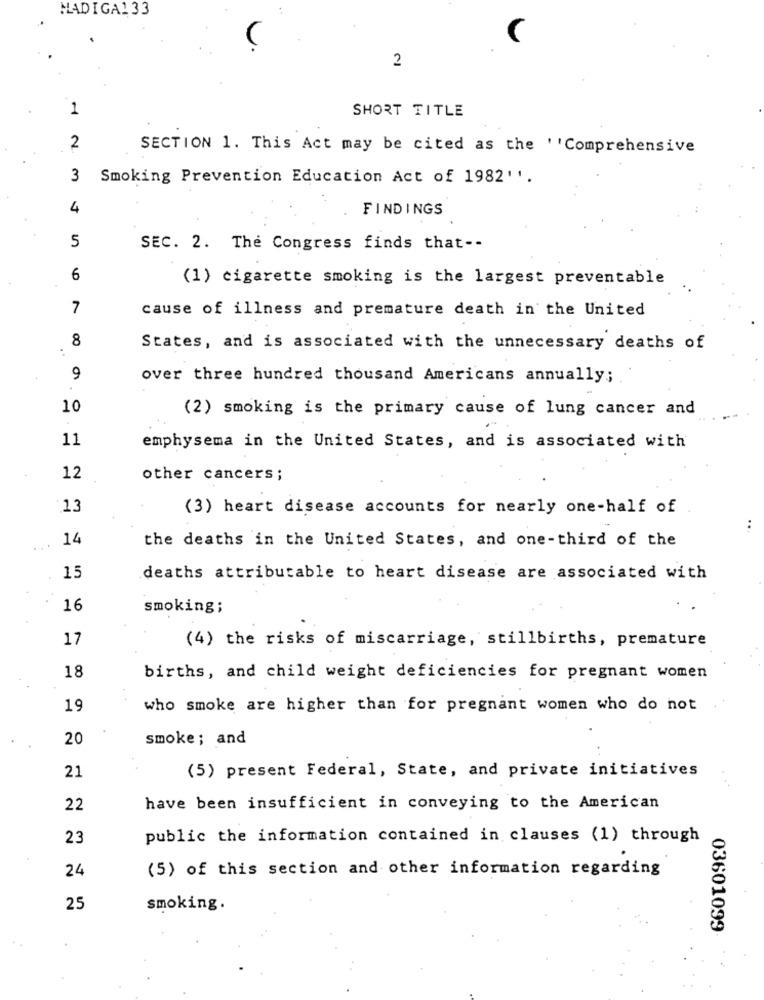
MADIGA133
2
1
SHORT TITLE
2
SECTION 1. This Act may be cited as the ''Comprehensive
Smoking Prevention Education Act of 1982''.
4
FINDINGS
5
SEC. 2. The Congress finds that --
6
(1) cigarette smoking is the largest preventable
7
cause of illness and premature death in the United
8
States, and is associated with the unnecessary deaths of
9
over three hundred thousand Americans annually;
10
(2) smoking is the primary cause of lung cancer and
11
emphysema in the United States, and is associated with
12
other cancers;
13
(3) heart disease accounts for nearly one-half of
..
14
the deaths in the United States, and one-third of the
15
deaths attributable to heart disease are associated with
16
smoking;
17
(4) the risks of miscarriage, stillbirths, premature
18
births, and child weight deficiencies for pregnant women
19
who smoke are higher than for pregnant women who do not
20
smoke; and
21
(5) present Federal, State, and private initiatives
22
have been insufficient in conveying to the American
23
public the information contained in clauses (1) through
(5) of this section and other information regarding
24
25
smoking.
03601099